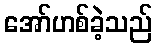
အော်ဟစ်ခဲ့သည်